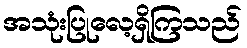
အသုံးပြုလေ့ရှိကြသည်